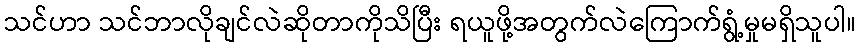
သင်ဟာ သင်ဘာလိုချင်လဲဆိုတာကိုသိပြီး ရယူဖို့အတွက်လဲကြောက်ရွံ့မှုမရှိသူပါ။